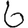
Digit: 6